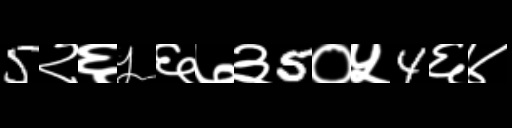
Text: 5२६५६७३5०५4६४